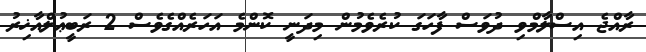
ރާއްޖެ އިސްލާމްވި ދުވަސް ފާހަގަ ކުރެވެމުން މިދަނީ ކޮންމެ އަހަރެއްގެވެސް 2 ރަބީޢުލްއާޚިރު